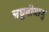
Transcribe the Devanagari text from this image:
लघुबीजाणु